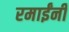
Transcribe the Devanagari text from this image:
रमाईंनी